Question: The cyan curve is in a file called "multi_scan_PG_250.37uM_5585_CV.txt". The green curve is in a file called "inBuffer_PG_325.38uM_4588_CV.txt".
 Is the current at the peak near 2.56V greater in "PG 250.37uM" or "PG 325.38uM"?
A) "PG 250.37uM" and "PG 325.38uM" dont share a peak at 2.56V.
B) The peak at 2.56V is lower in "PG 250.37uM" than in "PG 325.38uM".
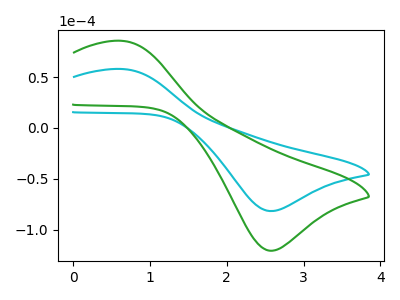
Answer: <think>The cyan curve "PG 250.37uM" has an anodic peak at (0.65V, 57.85uA) and a cathodic peak at (2.55V, -81.55uA). The green curve "PG 325.38uM" has an anodic peak at (0.65V, 85.50uA) and a cathodic peak at (2.55V, -120.50uA).</think>
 <answer>B) The peak at 2.56V is lower in "PG 250.37uM" than in "PG 325.38uM".</answer>
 <eval>B</eval>